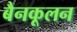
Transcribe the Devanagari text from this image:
बैनकूलन